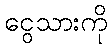
ငွေသားကို